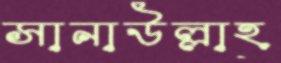
সানাউল্লাহ্